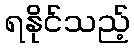
ရနိုင်သည့်